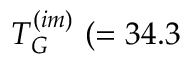
T _ { G } ^ { ( i m ) } ~ ( = 3 4 . 3